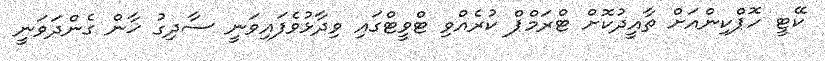
ކޭޓީ ހޮޕްކިންއަށް ތާއީދުކޮށް ޓްރަމްޕް ކުރެއްވި ޓްވީޓްގައި ވިދާޅުވެފައިވަނީ ސާދިގު ޚާން ގެންދަވަނީ